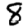
Digit: 8